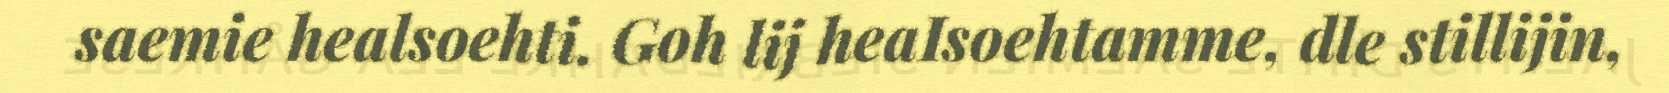
saemie healsoehti. Goh lij heaIsoehtamme, dle stillijin,